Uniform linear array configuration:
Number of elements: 24
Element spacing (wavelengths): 1
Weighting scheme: binomial
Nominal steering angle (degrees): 45
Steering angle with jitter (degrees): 43.637
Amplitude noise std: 0.05
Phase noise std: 0.05

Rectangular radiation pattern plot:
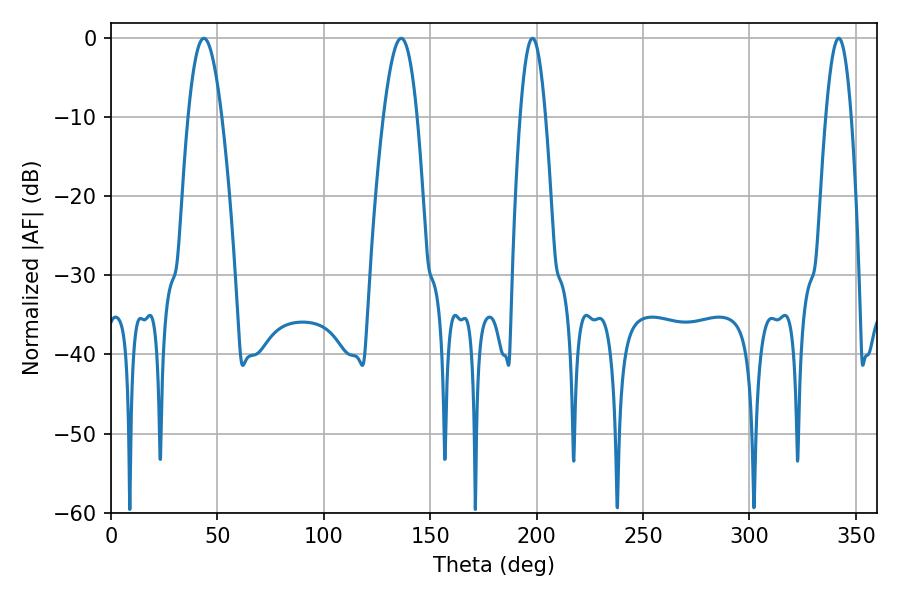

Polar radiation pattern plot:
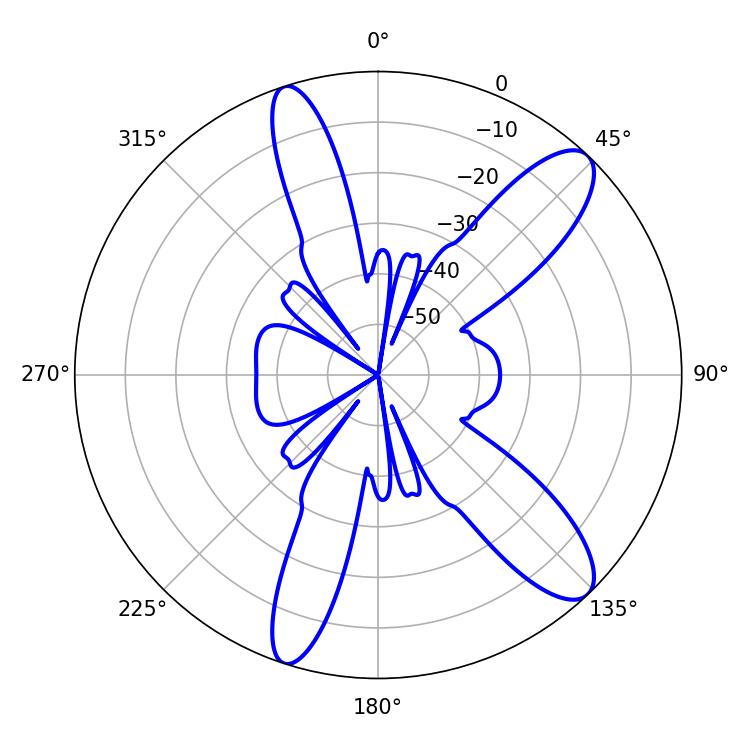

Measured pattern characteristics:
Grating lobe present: TRUE
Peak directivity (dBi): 11.293
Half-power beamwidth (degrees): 6.3
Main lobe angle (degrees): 198